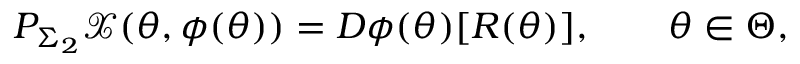
P _ { \Sigma _ { 2 } } \mathcal { X } ( \theta , \phi ( \theta ) ) = D \phi ( \theta ) [ R ( \theta ) ] , \qquad \theta \in \Theta ,